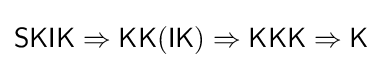
{\mathsf {SKIK}}\Rightarrow {\mathsf {KK(IK)}}\Rightarrow {\mathsf {KKK}}\Rightarrow {\mathsf {K}}